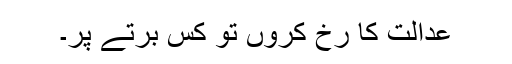
عدالت کا رخ کروں تو کس برتے پر۔